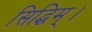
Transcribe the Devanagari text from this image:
सिद्धिम्।